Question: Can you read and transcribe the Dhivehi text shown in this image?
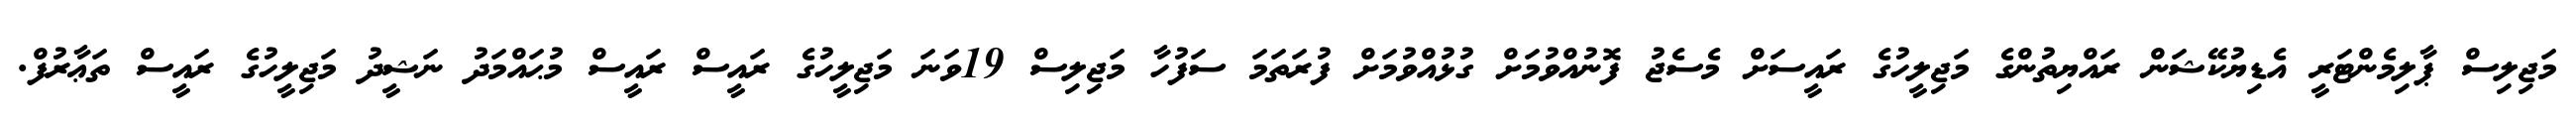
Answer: މަޖިލިސް ޕާލިމެންޓަރީ އެޑިޔުކޭޝަން ރައްޔިތުންގެ މަޖިލީހުގެ ރައީސަށް މެސެޖު ފޮނުއްވުމަށް ގުޅުއްވުމަށް ފުރަތަމަ ސަފުހާ މަޖިލިސް 19ވަނަ މަޖިލީހުގެ ރައީސް ރައީސް މުޙައްމަދު ނަޝީދު މަޖިލީހުގެ ރައީސް ތަޢާރުފް.